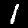
Label: 1